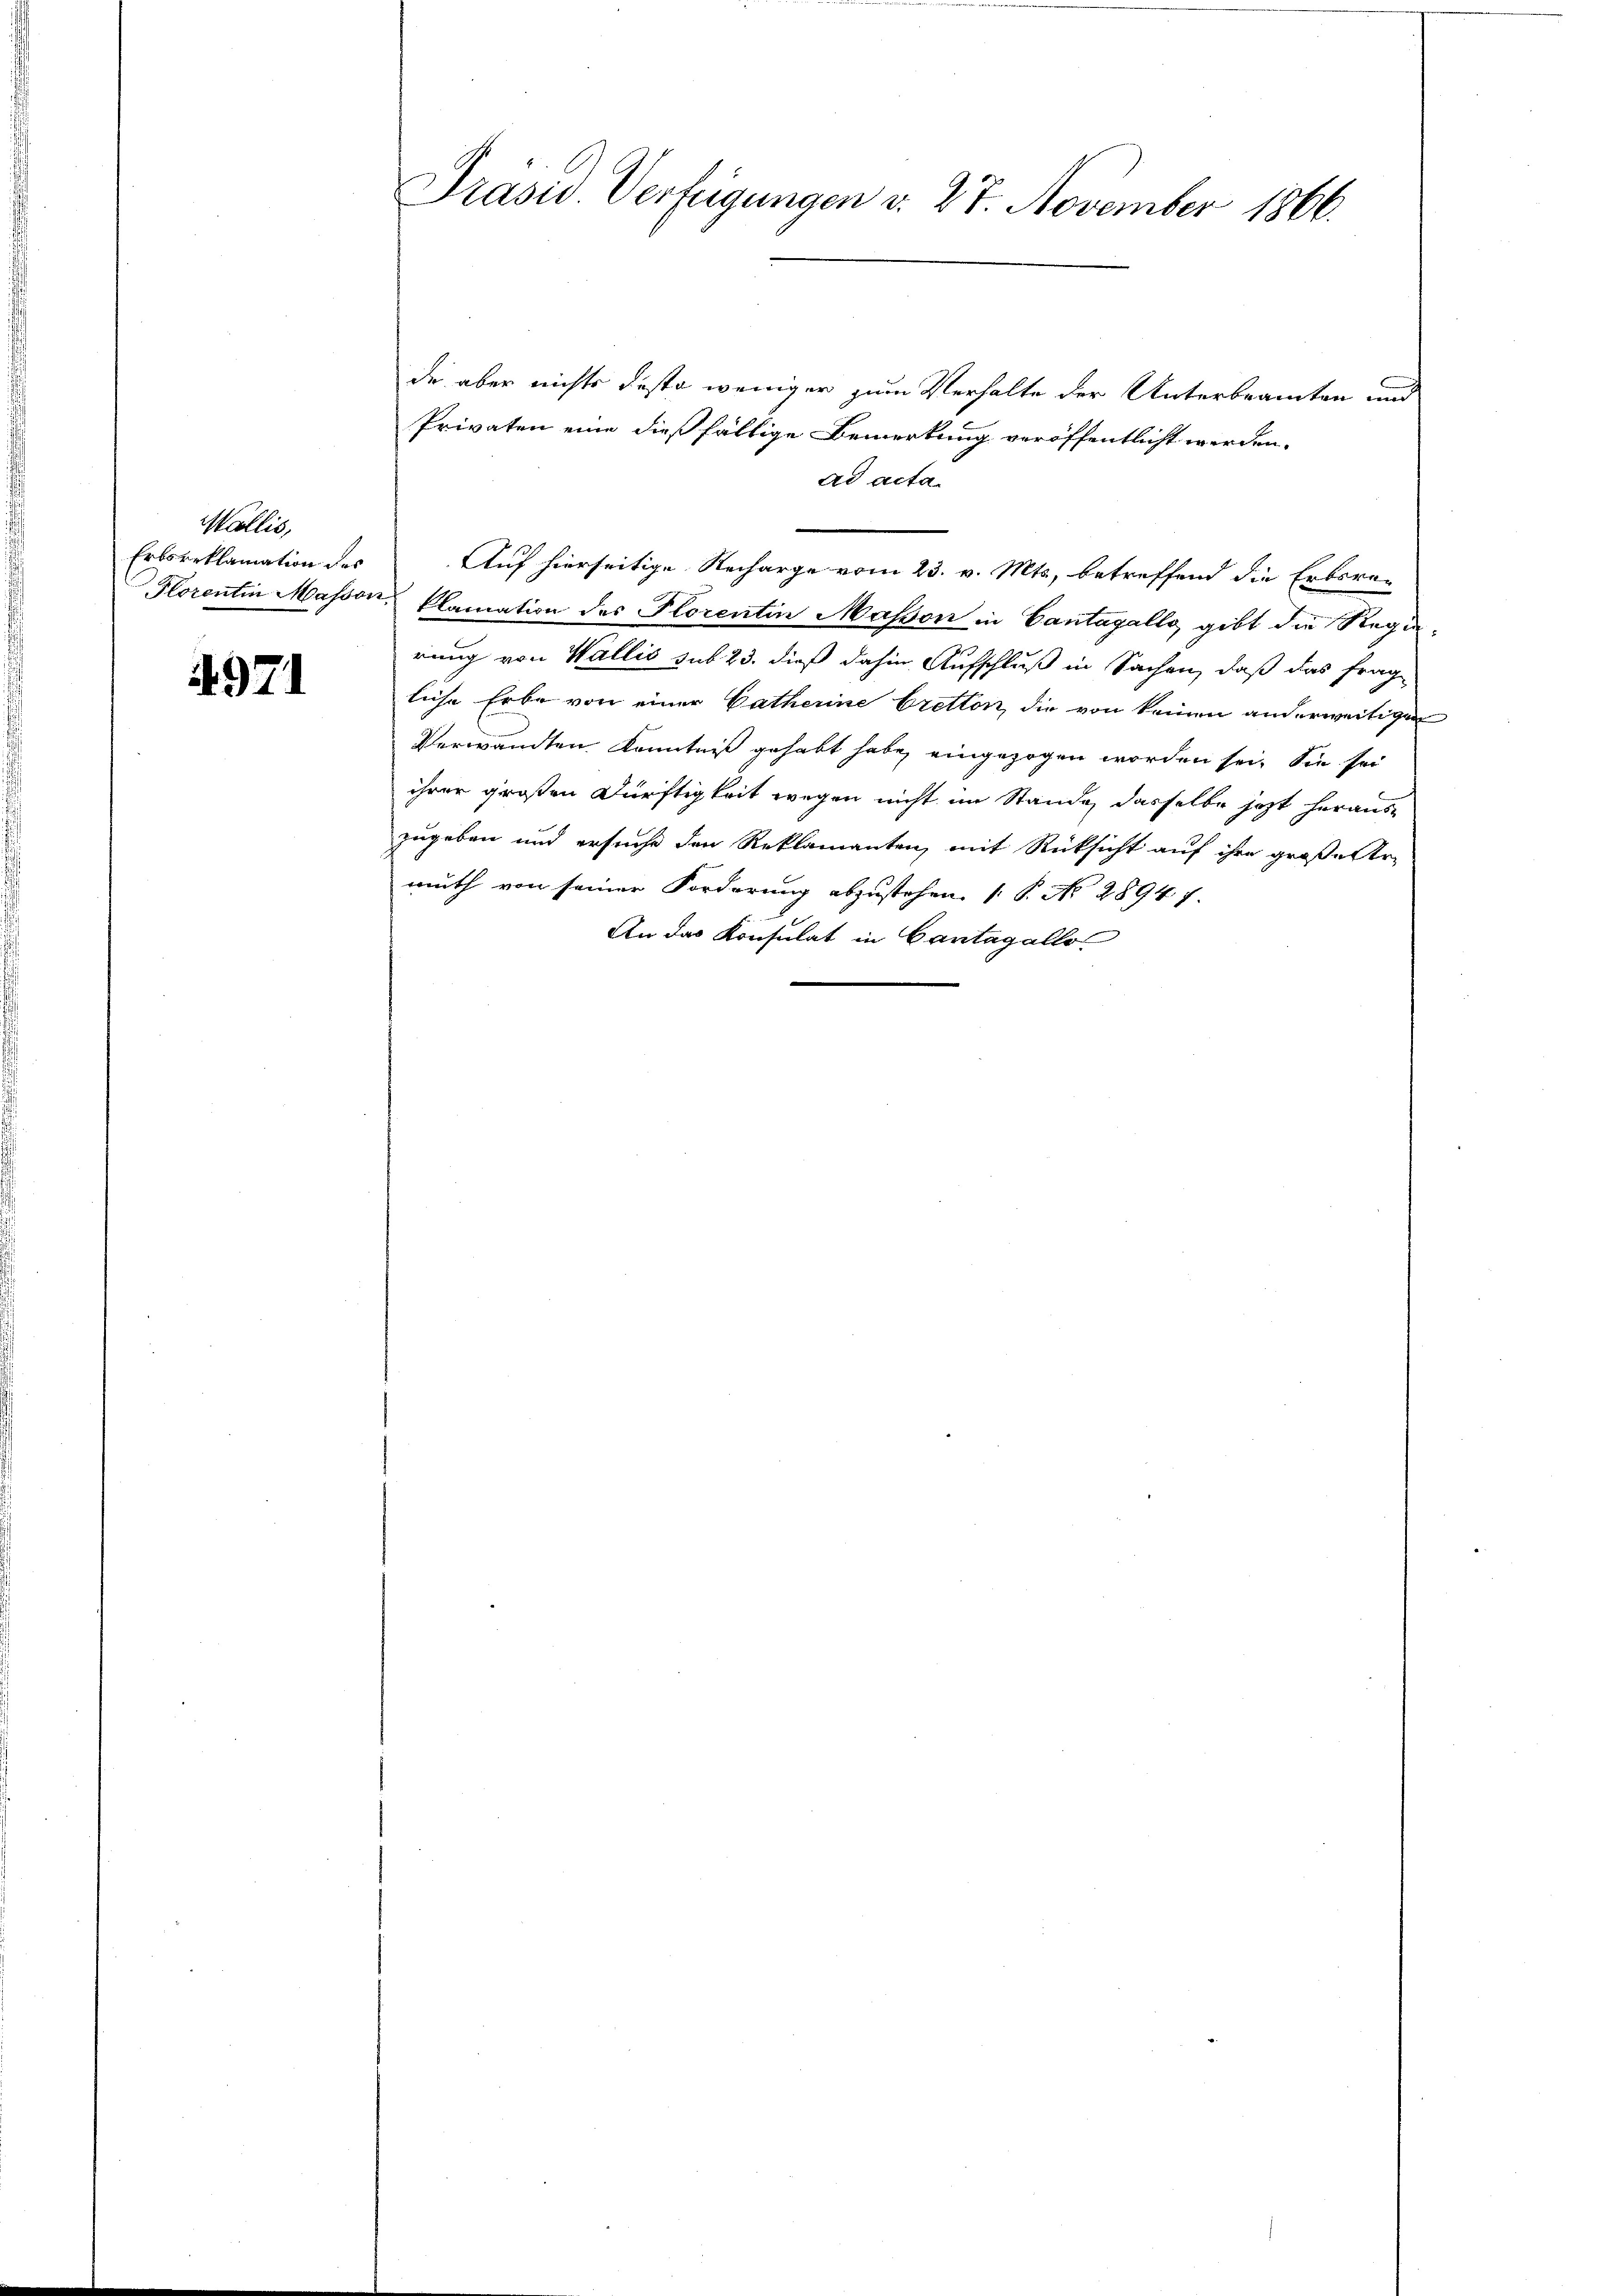
Wallis,
Erbsreklamation des

4971

de aber nichts desto weniger zum Verhalte der Unterbeamten und
Privaten eine dießfällige Bemerkung veröffentlicht werden.
ad acta
Auf hierseitige Recharge vom 23. v. Mts., betreffend die Erbsra-
Florentin Masson klamation des Florentin Masson in Cantagello, gibt die Regi
rung von Wallis sub 23. dieß dahin Aufschluß in Sachen, daß das frag
liche Erbe von einer Catherine bretton, die von keinen anderweitigen
Verwandten Kenntniß gehabt habe, eingezogen worden sei. Sie sei
ihrer großen Dürftigkeit wegen nicht im Stande, dasselbe jetzt heraus-
zugeben und ersuche den Reklamanten, mit Rücksicht auf ihre große Ar-
muth von seiner Forderung abzustehen. ( P. No 28947.
An das Konsulat in Cantag allo

Präsid. Verfügungen d. 27. November 1866.